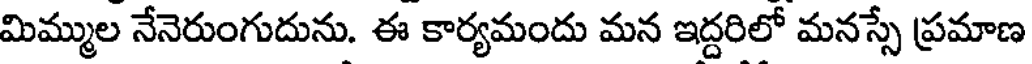
మిమ్ముల నేనెరుంగుదును. ఈ కార్యమందు మన ఇద్దరిలో మనస్సే ప్రమాణ